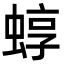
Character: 蜳